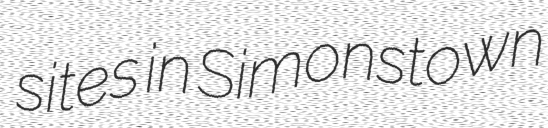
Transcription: sites in Simonstown